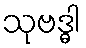
သုဗဒ္ဓါ